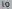
Text: 10